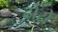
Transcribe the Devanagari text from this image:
ढोरो